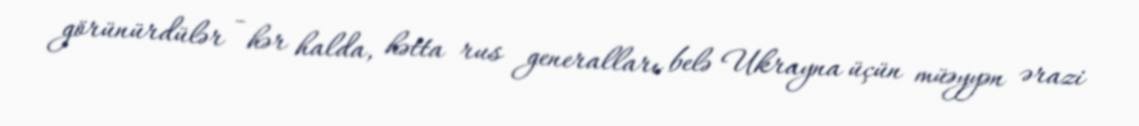
görünürdülər - hər halda, hətta rus generalları belə Ukrayna üçün müəyyən ərazi